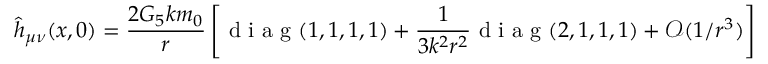
\hat { h } _ { \mu \nu } ( x , 0 ) = \frac { 2 G _ { 5 } k m _ { 0 } } { r } \left[ \textrm { d i a g } ( 1 , 1 , 1 , 1 ) + \frac { 1 } { 3 k ^ { 2 } r ^ { 2 } } \textrm { d i a g } ( 2 , 1 , 1 , 1 ) + \mathcal { O } ( 1 / r ^ { 3 } ) \right]